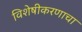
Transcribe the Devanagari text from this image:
विशेषीकरणाचा